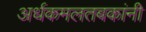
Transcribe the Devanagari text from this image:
अर्धकमलतबकांनी